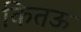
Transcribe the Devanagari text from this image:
कितऊ